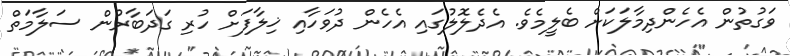
ވަގުތުން އެހެންދިމާލަކަށް ބެލީމެވެ. އެދެލޮލުގައި އެހެން ދުވަހާއި ޚިލާފަށް ހުރި ގަދަބާރުން ސަލާމަތް